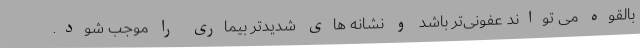
بالقوه می تواند عفونی‌تر باشد و نشانه های شدیدتر بیماری را موجب شود.